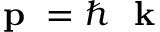
\mathrm { ~ \bf ~ p ~ } = \hbar \mathrm { ~ \bf ~ k ~ }